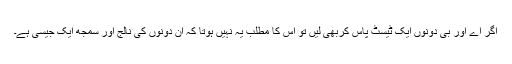
اگر اے اور بی دونوں ایک ٹیسٹ پاس کربھی لیں تو اس کا مطلب یہ نہیں ہوتا کہ ان دونوں کی نالج اور سمجھ ایک جیسی ہے۔